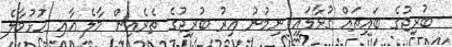
ބުރިޖުގެ ބައިތައް ގުޅާލައި ނިމުނު އިރު ބުރިޖުގެ ތެރެއިން މާލެ އާއި ހުޅުމާލެ